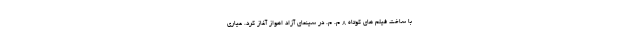
با ساخت فیلم های کوتاه ۸ م. م. در سینمای آزاد اهواز آغاز کرد. عیاری